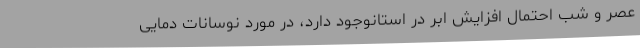
عصر و شب احتمال افزایش ابر در استانوجود دارد، در مورد نوسانات دمایی